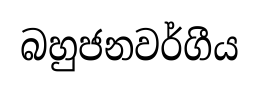
බහුජනවර්ගීය